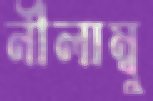
নীলাম্বু